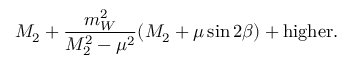
M _ { 2 } + \frac { m _ { W } ^ { 2 } } { M _ { 2 } ^ { 2 } - \mu ^ { 2 } } ( M _ { 2 } + \mu \sin 2 \beta ) + \mathrm { h i g h e r } .